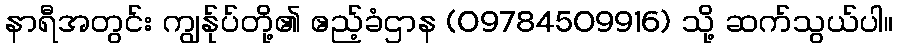
နာရီအတွင်း ကျွန်ုပ်တို့၏ ဧည့်ခံဌာန (09784509916) သို့ ဆက်သွယ်ပါ။